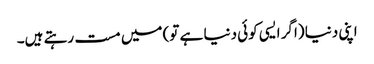
اپنی دنیا (اگر ایسی کوئی دنیا ہے تو) میں مست رہتے ہیں۔